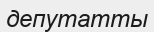
депутатты